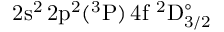
\mathrm { 2 s ^ { 2 } \, 2 p ^ { 2 } ( ^ { 3 } P ) \, 4 f ~ ^ { 2 } D _ { 3 / 2 } ^ { \circ } }